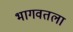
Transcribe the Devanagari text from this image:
भागवतला